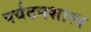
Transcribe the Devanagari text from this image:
पर्यटनशास्त्र